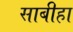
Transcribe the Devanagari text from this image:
साबीहा